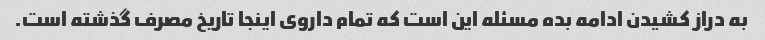
به دراز کشیدن ادامه بده مسئله این است که تمام داروی اینجا تاریخ مصرف گذشته است.